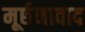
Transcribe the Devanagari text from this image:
मूर्छनावाद